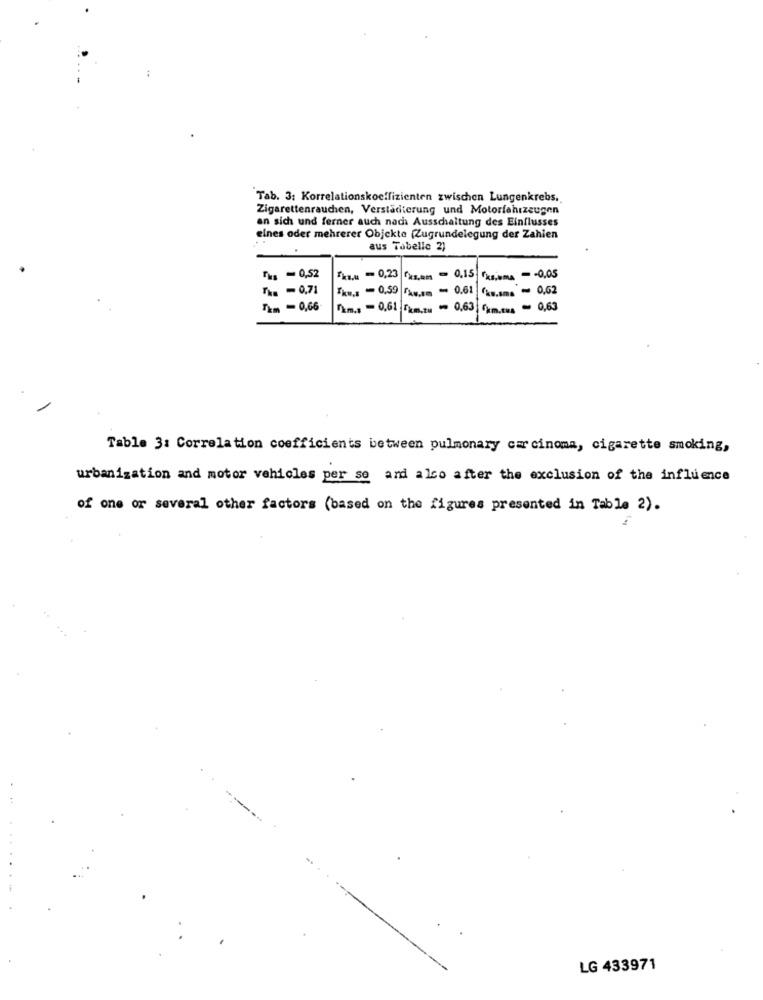
Tab. 3: Korrelationskoeffizienten zwischen Lungenkrebs.
Zigarettenrauchen, Verstädterung und Motorfahrzeugen
an sich und ferner auch nada Ausschaltung des Einflusses
eines oder mehrerer Objekte (Zugrundelegung der Zahlen
aus Tabelle 2)
=0,52
*kan = 0,23 ks,am - 0,15 ks,uma - - 0,05
THE - 0,71
Thu ,: - 0,59 fAv.Em - 0.61 ks.sms - 0,62
Tim - 0,66
"m .: - 0,61 5km.zu " 0,63 f)m .... = 0,63
Table 3: Correlation coefficients between pulmonary carcinoma, cigarette smoking,
urbanization and motor vehicles per se and also after the exclusion of the influence
of one or several other factors (based on the figures presented in Table 2).
LG 433971